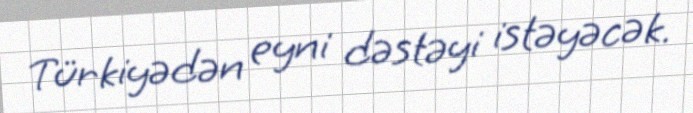
Türkiyədən eyni dəstəyi istəyəcək.